Annual statistical returns and brief notes on vaccination in Bengal - 1896-1909
Year: 1896
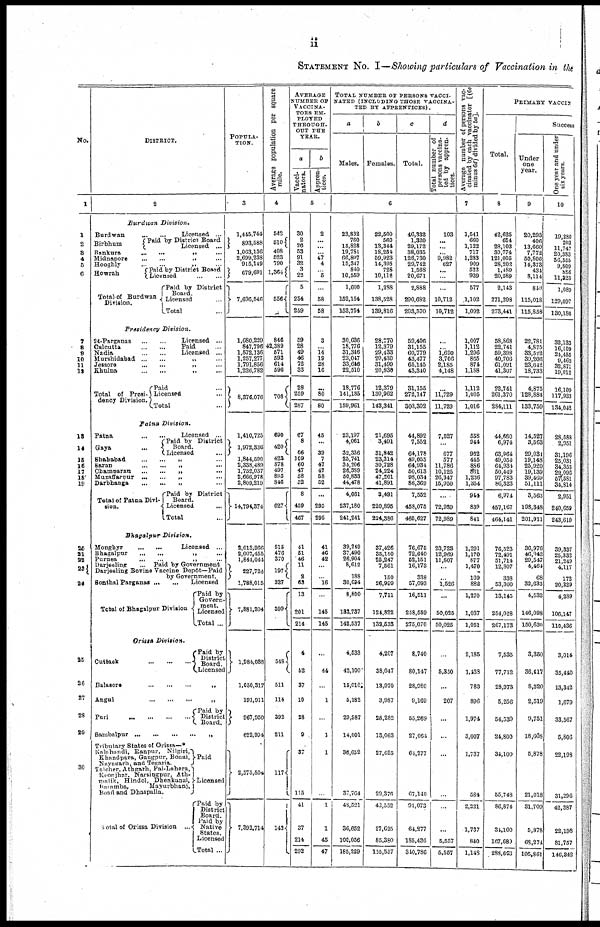
ii
STATEMENT NO. I—Showing particulars of Vaccination in the
No.
1
1
2
3
4
5
6
7
8
9
10
11
12
13
14
16
16
17
18
19
20
21
22
23
24
25
26
27
28
29
30
DISTRICT.
2
Burdwan
Division.
Burdwan ... ...
Birbhum
Licensed ...
Paid by District Board
Licensed ...
Bankura ... ... „ ...
Midnapore ... ... „ ...
Hooghly
...
...
„
...
Howrah
Paid by District Board
Licensed
...
...
Total of Burdwan
Division.
Paid by District
Board.
Licensed ...
Total ...
Presidency
Division.
24-Parganas ... ...
Calcutta ... ...
Nadia ... ...
Licensed ...
Paid ...
Licensed ...
Murshidabad
...
...
„
...
Jessore ... ... „ ...
Khulna
...
...
„
...
Total of Presi-
dency Division
Paid ...
Licensed ...
Total ...
Patna
Division.
Patna ... ...
Gaya ... ...
Licensed ...
Paid by District
Board.
Licensed ...
Shahabad
...
...
„
...
Saran
...
...
...
„
...
Champaran ... ... „ ...
Muzaffarpur ... ... „ ...
Darbhanga
...
...
„
...
Total of Patna Divi-
sion.
Paid by District
Board.
Licensed ...
Total ...
Bhagalpur
Division.
Monghyr
...
...
Licensed ...
Bhagalpur
...
...
„
...
Purnea
...
...
„
...
Darjeeling ...
Paid by Government
Darjeeling Bovine Vaccine Depôt—Paid
by Government.
Sonthal Parganas
...
...
Total of Bhagalpur Division
Licensed
Paid by
Govern-
ment.
Licensed
Total ...
Orissa
Division.
Cuttack
...
...
...
Paid by
District
Board.
Licensed
Balasore
...
...
„
...
Angul
...
...
„
...
Puri
...
...
...
...
Paid by
District
Board.
Sambalpur
...
...
...
...
„
Tributary States of Orissa—*
Kalahandi, Ranpur, Nilgiri,
Khandpara, Gangpur, Bonai,
Nayagarh, and Tegaria.
Talcher, Athgarh, Pal-Lahera
Keonjhar. Narsingpur, Ath-
malik, Hindol, Dhenkanal,
Baiamba,
Mayurbhanj,
Boad and Dhaspalla.
Total of Orissa Division ....
Paid
Licensed
Paid by
District
Board.
Paid by
Native
States.
Licensed
Total ...
POPULA-
TION.
3
1,445,744
893,588
1,063,136
2,699,238
915,149
679,691
7,696,546
1,680,229
847,796
1,572,136
1,257,277
1,791,856
1,226,782
8,376,076
1,410,725
1,972,336
1,844,590
2,338,489
1,752,037
2,666,978
2,809,219
14,794,374
2,013,966
2,007,455
1,844,044
227,724
1,788,015
7,881,204
1,984,038
1,050,317
191,911
967,950
622,994
2,575,504
7,393,714
Average population per square
mile.
4
542
510
408
523
790
1,364
556
846
42,389
571
593
614
596
708
690
420
423
878
497
895
846
627
515
476
370
197
327
399
548
511
114
392
211
117
142
AVERAGE
NUMBER OF
VACCINA-
TORS EM-
PLOYED
THROUGH-
OUT THE
YEAR.
a
Vacci-
nators.
b
Appren-
tices.
5
30
2
26
53
91
32
3
22
5
254
259
59
28
49
46
72
33
28
259
287
67
8
66
109
60
47
58
52
8
459
467
41
51
46
11
2
63
13
201
214
4
52
37
10
28
9
37
115
41
37
214
292
2
...
...
...
47
4
...
5
...
58
58
3
...
14
19
28
16
...
80
80
45
...
39
7
47
47
58
52
...
295
295
41
46
42
...
...
16
...
145
145
...
44
...
1
...
1
1
...
1
1
45
47
TOTAL NUMBER OF PERSONS VACCI-
NATED (INCLUDING THOSE VACCINA-
TED BY APPRENTICES)
a
Males.
b
Females.
c
Total.
d
Total number of
persons vaccina-
ted by appren-
tices.
6
23,832
760
15,828
19,781
66,807
15,347
840
10,559
1,600
152,154
153,754
30,636
18,776
31,346
23,047
33,646
22,510
18,776
141,185
159,961
23,197
4,061
32,336
25,741
34,206
26,389
50,833
44,478
4,061
237,180
241,241
39,249
37,490
26,904
8,612
188
30,094
8,800
183,737
142,537
4,533
42,100
15,010
5,182
29,987
14,001
36,652
37,764
48,521
36,652
100,056
185,229
22,500
560
13,344
18,254
59,923
14,395
728
10,112
1,288
138,528
139,816
28,770
12,379
29,433
20,430
31,499
20,836
12,379
130,962
143,341
21,695
3,491
31,842
23,314
30,728
24,224
47,201
41,891
3,491
220,895
224,386
37,426
35,150
25,247
7,561
150
26,999
7,711
124,822
132,533
4,207
38,047
13,970
3,987
25,282
13,063
27,625
29,376
42,552
27,625
85,380
155,557
46,332
1,320
29,172
38,035
126,730
29,742
1,568
20,671
2,888
290,682
293,570
59,406
31,155
60,779
43,477
65,145
43,340
31,155
272,147
303,302
44,892
7,552
64,178
49,055
64,934
50,613
98,034
86,369
7,552
458,075
465,627
76,675
72,640
52,151
16,173
338
57,093
16,511
258,559
275,070
8,740
80,147
28,980
9,169
55,269
27,064
64,277
67,140
91,073
64,277
185,436
310,786
103
...
...
...
9,982
627
...
...
...
10,712
10,712
...
...
1,690
3,706
2,185
4,148
...
11,729
11,729
7,527
...
677
577
11,786
10,125
26,347
15,950
...
72,989
72,989
23,723
12,969
11,807
...
...
1,520
...
50,025
50,025
...
5,350
...
207
...
...
...
...
...
...
5,557
5,557
Average number of persons vac-
cinated by each vaccinator [(6c
minus 6d) divided by 5a].
7
1,541
660
1,122
717
1,283
909
522
939
577
1,102
1,092
1,007
1,112
1,206
805
874
1,188
1,112
1,005
1,016
558
944
962
445
886
861
1,236
1,354
944
839
841
1,291
1,170
877
1,470
169
882
1,270
1,037
1,051
2,185
1,438
783
896
1,974
3,007
1,737
584
2,221
1,737
840
1,148
PRIMARY VACCIN
Total.
8
42,625
654
28,103
30,774
121,005
28,202
1,489
20,589
2,143
271,298
273,441
58,868
22,741
59,398
40,706
61,091
41,307
22,741
261,370
284,111
44,660
6,974
63,964
49,054
64,934
50,449
97,783
86,323
6,974
457,167
464,141
76,523
72,491
51,714
12,807
338
53,300
13,145
254,028
267,173
7,535
77,712
28,973
5,256
54,539
24,800
34,100
55,748
86,874
31,100
167,680
288,693
Success
Under
one
year.
9
20,293
406
13,660
7,772
50,800
14,373
431
8,114
840
115,018
115,858
22,781
4,875
33,522
39,206
23,642
18,733
4,875
128,884
133,759
14,527
3,563
29,031
19,148
25,920
19,139
39,469
51,111
3,563
198,348
201,911
30,976
46,942
29,547
4,464
68
32,633
4,532
146,098
150,630
3,350
36,417
8,320
2,519
9,751
18,608
5,878
21,018
31,709
5,878
68,274
105,861
One year and under
six years.
10
19,280
203
11,747
20,383
56,555
9,888
886
11,323
1, 089
129,097
130,186
32,133
16,109
24,455
9,462
32,871
19,012
16,109
117,933
134,042
28,588
2,951
31,196
25,031
34,353
29,096
57,581
34,814
2,951
240,659
243,610
39,337
25,332
21,249
4,117
172
20,229
4,289
106,147
110,436
3,014
35,440
13,342
1,679
33,567
5,806
22,198
31,296
42,387
22,198
81,757
146,342